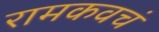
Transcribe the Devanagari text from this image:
रामकवचं